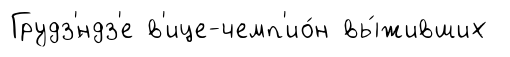
Грудз'́ндз'е в'ице-чемп'ио́н вы́живших